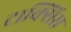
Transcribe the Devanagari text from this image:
टाक्सिस